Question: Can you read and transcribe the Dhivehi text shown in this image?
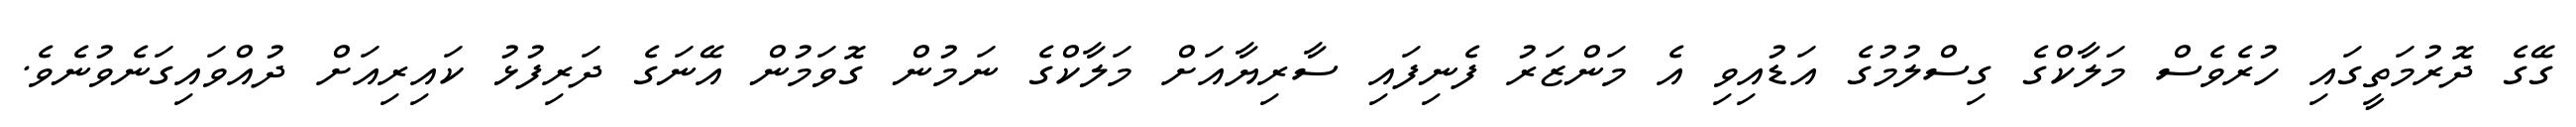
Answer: ގޭގެ ދޮރުމަތީގައި ހުރެވެސް މަލާކްގެ ގިސްލުމުގެ އަޑުއިވި އެ މަންޒަރު ފެނިފައި ސާރިޔާއަށް މަލާކްގެ ނަމުން ގޮވަމުން އޭނަގެ ދަރިފުޅު ކައިރިއަށް ދުއްވައިގަނެވުނެވެ.